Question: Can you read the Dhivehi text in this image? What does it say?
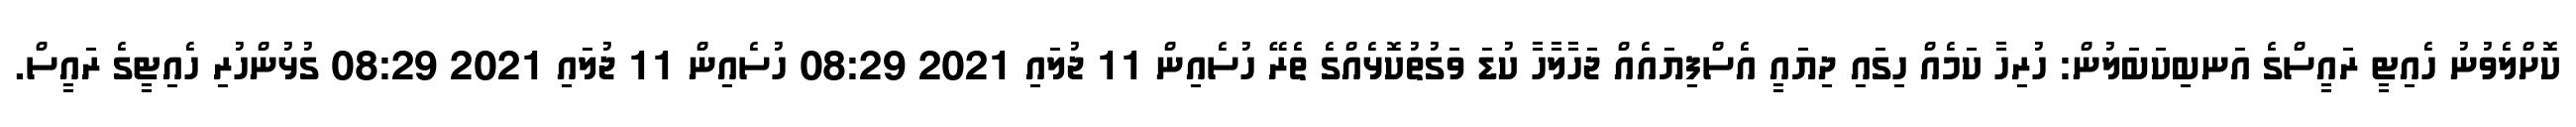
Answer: ކޮށްލެވުނު ހެއިޓީ ރައީސްގެ އަނބިކަބަލުން: ހުރިހާ ކަމެއް ހިގައި ދިޔައީ އެސްފިޔައެއް ޖަހާލާހާ ކުޑަ ވަގުތުކޮޅެއްގެ ތެރޭ ހުސެއިން 11 ޖުލައި 2021 08:29 ހުސެއިން 11 ޖުލައި 2021 08:29 ގުޅުންހުރި ހެއިޓީގެ ރައީސް.